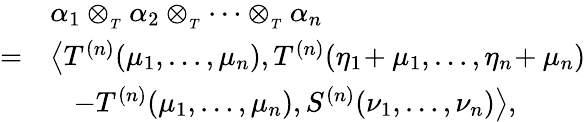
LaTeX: \begin{array}{rl}&{\alpha_{1}\otimes_{_{T}}\alpha_{2}\otimes_{_{T}}\cdots\otimes_{_{T}}\alpha_{n}}\\ {=}&{\left\langle T^{(n)}(\mu_{1},\ldots,\mu_{n}),T^{(n)}(\eta_{1}\! +\mu_{1},\ldots,\eta_{n}\! +\mu_{n})\right.}\\ &{\left.\quad\! -T^{(n)}(\mu_{1},\ldots,\mu_{n}),S^{(n)}(\nu_{1},\ldots,\nu_{n})\right\rangle,}\end{array}